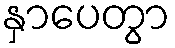
နှာပေတွာ